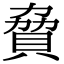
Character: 䝱